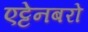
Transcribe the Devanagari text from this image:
एट्टेनबरो